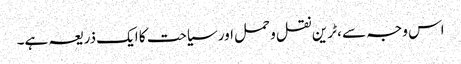
اس وجہ سے ، ٹرین نقل و حمل اور سیاحت کا ایک ذریعہ ہے۔